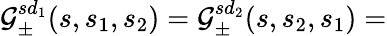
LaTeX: {\cal G}_{\pm}^{sd_{1}}(s,s_{1},s_{2})={\cal G}_{\pm}^{sd_{2}}(s,s_{2},s_{1})=